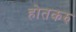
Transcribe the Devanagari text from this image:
होतकरु